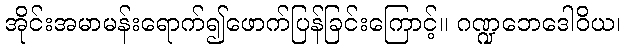
အိုင်းအမာမန်းရောက်၍ဖောက်ပြန်ခြင်းကြောင့်။ ဂဏ္ဍဘေဒေါဝိယ၊